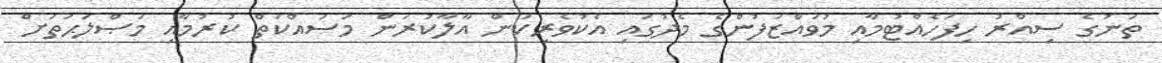
ތަނުގެ ސިއްރު ހިފަހެއްޓުމާއި މުވައްޒަފުންގެ މެދުގައި އެކުވެރިކަން އާލާކުރަން މަސައްކަތް ކުރުމާއި މަޞްލަޙަތަށް